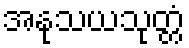
အနုသယသုတ္တံ